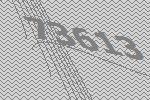
73613